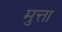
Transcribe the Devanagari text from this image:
मुत्ता